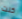
كنت